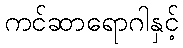
ကင်ဆာရောဂါနှင့်